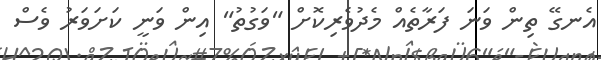
އެނގޭ ތިން ވަނަ ފަރާތެއް މެދުވެރިކޮށް "ވަގުތު" އިން ވަނީ ކަށަވަރު ވެސް